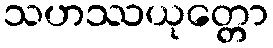
သဟဿယုတ္တော